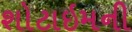
શોટાઇમની